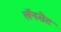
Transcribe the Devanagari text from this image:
लॅनसेट